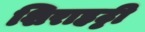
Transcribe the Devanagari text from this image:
शिराहट्टी